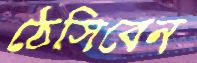
ঠেসিবেন